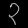
Digit: ၃